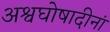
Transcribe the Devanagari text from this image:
अश्वघोषादीनां